Annual report of the Civil Veterinary Department, Bengal, for the year 1897-98 - 1897-1898
Year: 1897
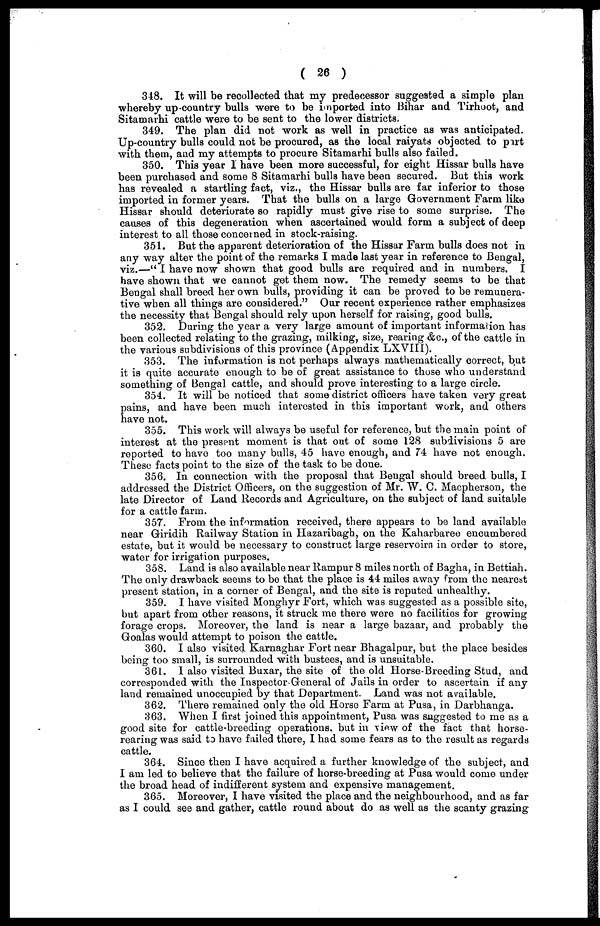
( 26 )
348. It will be recollected that my predecessor suggested a simple plan
whereby up-country bulls were to be imported into Bihar and Tirhoot, and
Sitamarhi cattle were to be sent to the lower districts.
349. The plan did not work as well in practice as was anticipated.
Up-country bulls could not be procured, as the local raiyats objected to put
with them, and my attempts to procure Sitamarhi bulls also failed.
350. This year I have been more successful, for eight Hissar bulls have
been purchased and some 8 Sitamarhi bulls have been secured. But this work
has revealed a startling fact, viz., the Hissar bulls are far inferior to those
imported in former years. That the bulls on a large Government Farm like
Hissar should deteriorate so rapidly must give rise to some surprise. The
causes of this degeneration when ascertained would form a subject of deep
interest to all those concerned in stock-raising.
351. But the apparent deterioration of the Hissar Farm bulls does not in
any way alter the point of the remarks I made last year in reference to Bengal,
viz.—"I have now shown that good bulls are required and in numbers. I
have shown that we cannot get them now. The remedy seems to be that
Bengal shall breed her own bulls, providing it can be proved to be remunera-
tive when all things are considered." Our recent experience rather emphasizes
the necessity that Bengal should rely upon herself for raising, good bulls.
352. During the year a very large amount of important information has
been collected relating to the grazing, milking, size, rearing &c., of the cattle in
the various subdivisions of this province (Appendix LXVII1).
353. The information is not perhaps always mathematically correct, but
it is quite accurate enough to be of great assistance to those who understand
something of Bengal cattle, and should prove interesting to a large circle.
354. It will be noticed that some district officers have taken very great
pains, and have been much interested in this important work, and others
have not.
355. This work will always be useful for reference, but the main point of
interest at the present moment is that out of some 128 subdivisions 5 are
reported to have too many bulls, 45 have enough, and 74 have not enough.
These facts point to the size of the task to be done.
356. In connection with the proposal that Bengal should breed bulls, I
addressed the District Officers, on the suggestion of Mr. W. C. Macpherson, the
late Director of Land Records and Agriculture, on the subject of land suitable
for a cattle farm.
357. From the information received, there appears to be land available
near Giridih Railway Station in Hazaribagh, on the Kaharbaree encumbered
estate, but it would be necessary to construct large reservoirs in order to store,
water for irrigation purposes.
358. Land is also available near Rampur 8 miles north of Bagha, in Bettiah.
The only drawback seems to bo that the place is 44 miles away from the nearest
present station, in a corner of Bengal, and the site is reputed unhealthy.
359. I have visited Monghyr Fort, which was suggested as a possible site,
but apart from other reasons, it struck me there were no facilities for growing
forage crops. Moreover, the land is near a large bazaar, and probably the
Goalas would attempt to poison the cattle.
360. I also visited Karnaghar Fort near Bhagalpur, but the place besides
being too small, is surrounded with bustees, and is unsuitable.
361. I also visited Buxar, the site of the old Horse-Breeding Stud, and
corresponded with the Inspector-General of Jails in order to ascertain if any
land remained unoccupied by that Department. Land was not available.
362. There remained only the old Horse Farm at Pusa, in Darbhanga.
363. When I first joined this appointment, Pusa was suggested to me as a
good site for cattle-breeding operations, but in view of the fact that horse-
rearing was said to have failed there, I had some fears as to the result as regards
cattle.
364. Since then I have acquired a further knowledge of the subject, and
I am led to believe that the failure of horse-breeding at Pusa would come under
the broad head of indifferent system and expensive management.
365. Moreover, I have visited the place and the neighbourhood, and as far
as I could see and gather, cattle round about do as well as the scanty grazing